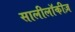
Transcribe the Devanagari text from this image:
सालीलॉकीज़